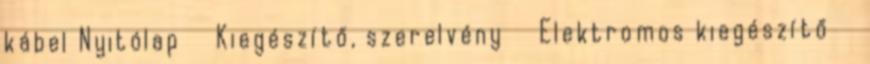
kábel Nyitólap Kiegészítő, szerelvény Elektromos kiegészítő